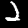
Label: 2